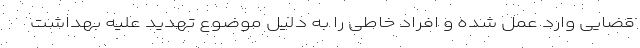
قضایی وارد عمل شده و افراد خاطی را به دلیل موضوع تهدید علیه بهداشت